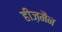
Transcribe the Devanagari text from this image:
हीज़मैन